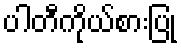
ပါတီကိုယ်စားပြု